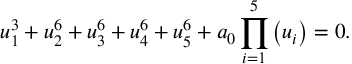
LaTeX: u _ { 1 } ^ { 3 } + u _ { 2 } ^ { 6 } + u _ { 3 } ^ { 6 } + u _ { 4 } ^ { 6 } + u _ { 5 } ^ { 6 } + a _ { 0 } \prod _ { i = 1 } ^ { 5 } \left( u _ { i } \right) = 0 .